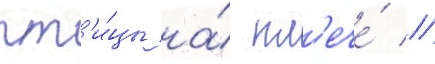
пт'и́цы на́ пл'ече́ //